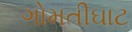
ગોમતીઘાટ